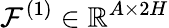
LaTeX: \mathcal{F}^{(1)}\in\mathbb{{R}}^{A\times2H}